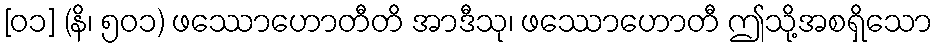
[၀၁] (နိ၊ ၅၀၁) ဖဿောဟောတီတိ အာဒီသု၊ ဖဿောဟောတီ ဤသို့အစရှိသော